Vaccination North-Western Provinces 1866-1877 - 1866-1877
Year: 1866
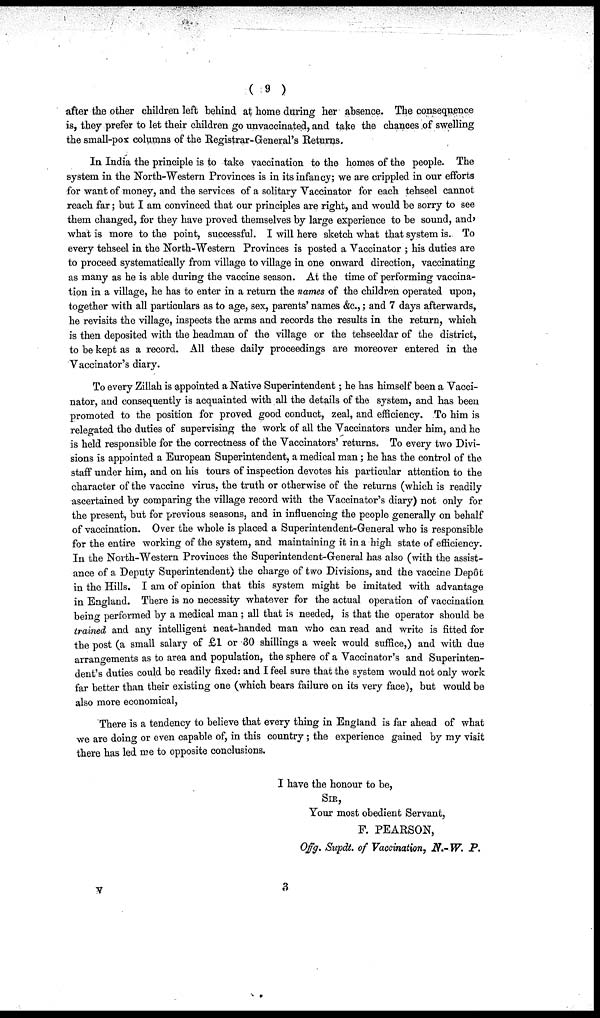
( 9 )
after the other children left behind at home during her absence. The consequence
is, they prefer to let their children go unvaccinated, and take the chances of swelling
the small-pox columns of the Registrar-General's Returns.
In India the principle is to take vaccination to the homes of the people. The
system in the North-Western Provinces is in its infancy; we are crippled in our efforts
for want of money, and the services of a solitary Vaccinator for each tehseel cannot
reach far; but I am convinced that our principles are right, and would be sorry to see
them changed, for they have proved themselves by large experience to be sound, and,
what is more to the point, successful. I will here sketch what that system is. To
every tehseel in the North-Western Provinces is posted a Vaccinator ; his duties are
to proceed systematically from village to village in one onward direction, vaccinating
as many as he is able during the vaccine season. At the time of performing vaccina-
tion in a village, he has to enter in a return the names of the children operated upon,
together with all particulars as to age, sex, parents' names &c.,; and 7 days afterwards,
he revisits the village, inspects the arms and records the results in the return, which
is then deposited with the headman of the village or the tehseeldar of the district,
to be kept as a record. All these daily proceedings are moreover entered in the
Vaccinator's diary.
To every Zillah is appointed a Native Superintendent; he has himself been a Vacci-
nator, and consequently is acquainted with all the details of the system, and has been
promoted to the position for proved good conduct, zeal, and efficiency. To him is
relegated the duties of supervising the work of all the Vaccinators under him, and he
is held responsible for the correctness of the Vaccinators' returns. To every two Divi-
sions is appointed a European Superintendent, a medical man; he has the control of the
staff under him, and on his tours of inspection devotes his particular attention to the
character of the vaccine virus, the truth or otherwise of the returns (which is readily
ascertained by comparing the village record with the Vaccinator's diary) not only for
the present, but for previous seasons, and in influencing the people generally on behalf
of vaccination. Over the whole is placed a Superintendent-General who is responsible
for the entire working of the system, and maintaining it in a high state of efficiency.
In the North-Western Provinces the Superintendent-General has also (with the assist-
ance of a Deputy Superintendent) the charge of two Divisions, and the vaccine Depôt
in the Hills. I am of opinion that this system might be imitated with advantage
in England. There is no necessity whatever for the actual operation of vaccination
being performed by a medical man ; all that is needed, is that the operator should be
trained and any intelligent neat-handed man who can read and write is fitted for
the post (a small salary of £1 or 30 shillings a week would suffice,) and with due
arrangements as to area and population, the sphere of a Vaccinator's and Superinten-
dent's duties could be readily fixed: and I feel sure that the system would not only work
far better than their existing one (which bears failure on its very face), but would be
also more economical,
There is a tendency to believe that every thing in England is far ahead of what
we are doing or even capable of, in this country; the experience gained by my visit
there has led me to opposite conclusions.
I have the honour to be,
SIR,
Your most obedient Servant,
F. PEARSON,
Offg. Supdt. of Vaccination, N.-W.
P.
V
3